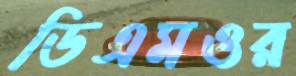
ডিএমওর